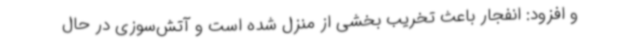
و افزود: انفجار باعث تخریب بخشی از منزل شده است و آتش‌سوزی در حال